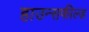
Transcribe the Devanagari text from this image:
हाउन्सफील्ड